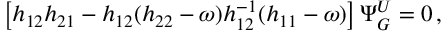
\left[ h _ { 1 2 } h _ { 2 1 } - h _ { 1 2 } ( h _ { 2 2 } - \omega ) h _ { 1 2 } ^ { - 1 } ( h _ { 1 1 } - \omega ) \right] \Psi _ { G } ^ { U } = 0 \, ,